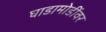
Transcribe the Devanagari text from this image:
घाडामोडींवर